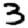
Digit: 3